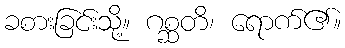
ခစားခြင်းသို့။ ဂစ္ဆတိ၊ ရောက်၏။